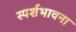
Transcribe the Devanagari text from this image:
स्पर्शभावना